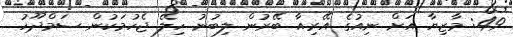
49: މާޒިޔާ އަށް ނިއުގެ އޭރިއާ ބޭރުން ލިބުނު ހިލޭ ޖެހުމަކުން ސަމްދޫހު